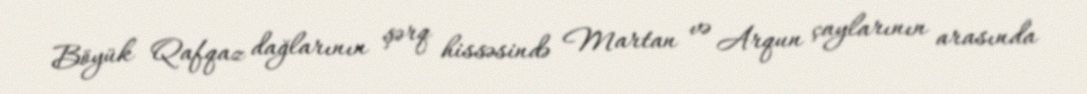
Böyük Qafqaz dağlarının şərq hissəsində Martan və Arqun çaylarının arasında